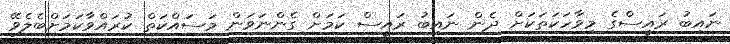
ނައިބު ރައީސްގެ މިވާހަކަތަކަށް ދެން ނައިބު ރައީސް ކަމަށް ގެންނަވަން މަސައްކަތް ކުރައްވާކަމަށްބެލެވޭ